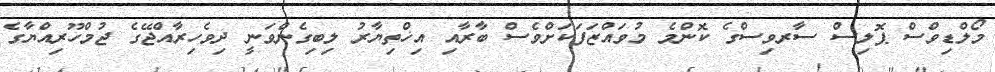
މޯލްޑިވްސް ޕޮލިސް ސާރވިސްގެ ކޮންމެ މުވައްޒަފަކަށްވެސް ބާރާއި އިޚްތިޔާރު ލިބިގެންވަނީ ދިވެހިރާއްޖޭގެ ޖުމްހޫރިއްޔާގެ